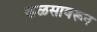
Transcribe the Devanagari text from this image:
कळसावरून